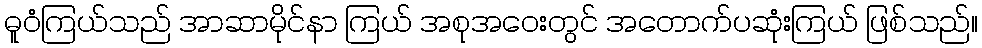
ဓူဝံကြယ်သည် အာဆာမိုင်နာ ကြယ် အစုအဝေးတွင် အတောက်ပဆုံးကြယ် ဖြစ်သည်။